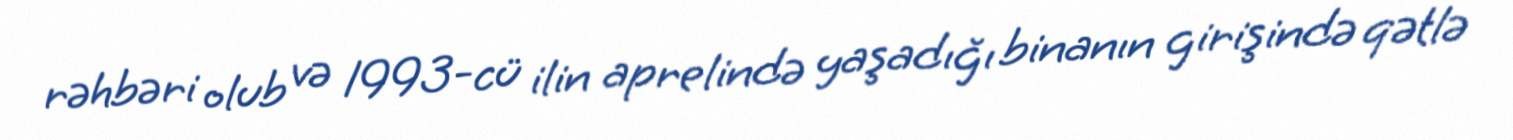
rəhbəri olub və 1993-cü ilin aprelində yaşadığı binanın girişində qətlə